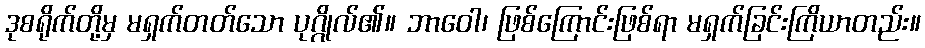
ဒုစရိုက်တို့မှ မရှက်တတ်သော ပုဂ္ဂိုလ်၏။ ဘာဝေါ၊ ဖြစ်ကြောင်းဖြစ်ရာ မရှက်ခြင်းကြိယာတည်း။